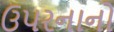
ઉપરનાનો